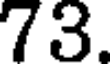
73.